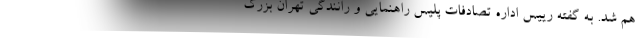
هم شد. به گفته رییس اداره تصادفات پلیس راهنمایی و رانندگی تهران بزرگ